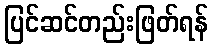
ပြင်ဆင်တည်းဖြတ်ရန်